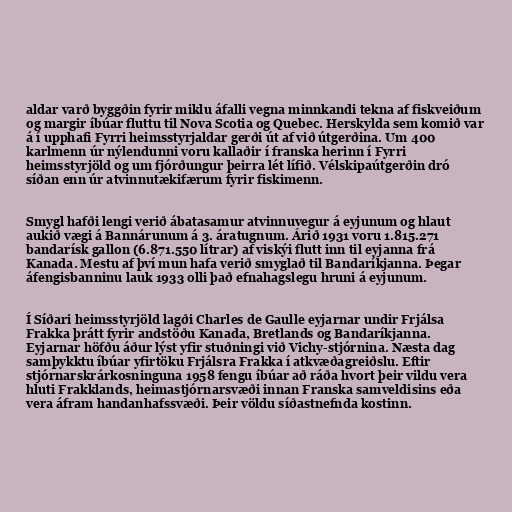
aldar varð byggðin fyrir miklu áfalli vegna minnkandi tekna af fiskveiðum
og margir íbúar fluttu til Nova Scotia og Quebec. Herskylda sem komið var
á í upphafi Fyrri heimsstyrjaldar gerði út af við útgerðina. Um 400
karlmenn úr nýlendunni voru kallaðir í franska herinn í Fyrri
heimsstyrjöld og um fjórðungur þeirra lét lífið. Vélskipaútgerðin dró
síðan enn úr atvinnutækifærum fyrir fiskimenn.

Smygl hafði lengi verið ábatasamur atvinnuvegur á eyjunum og hlaut
aukið vægi á Bannárunum á 3. áratugnum. Árið 1931 voru 1.815.271
bandarísk gallon (6.871.550 lítrar) af viskýi flutt inn til eyjanna frá
Kanada. Mestu af því mun hafa verið smyglað til Bandaríkjanna. Þegar
áfengisbanninu lauk 1933 olli það efnahagslegu hruni á eyjunum.

Í Síðari heimsstyrjöld lagði Charles de Gaulle eyjarnar undir Frjálsa
Frakka þrátt fyrir andstöðu Kanada, Bretlands og Bandaríkjanna.
Eyjarnar höfðu áður lýst yfir stuðningi við Vichy-stjórnina. Næsta dag
samþykktu íbúar yfirtöku Frjálsra Frakka í atkvæðagreiðslu. Eftir
stjórnarskrárkosninguna 1958 fengu íbúar að ráða hvort þeir vildu vera
hluti Frakklands, heimastjórnarsvæði innan Franska samveldisins eða
vera áfram handanhafssvæði. Þeir völdu síðastnefnda kostinn.